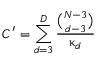
C ^ { \prime } = \sum _ { d = 3 } ^ { D } \frac { \binom { N - 3 } { d - 3 } } { \upkappa _ { d } }